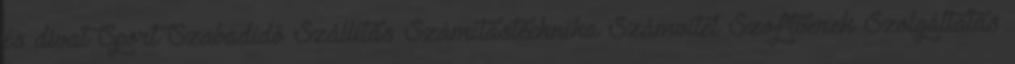
és divat Sport Szabadidő Szállítás Számítástechnika Számvitel Szoftverek Szolgáltatás